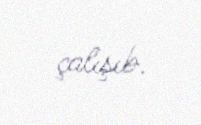
çalışıb.